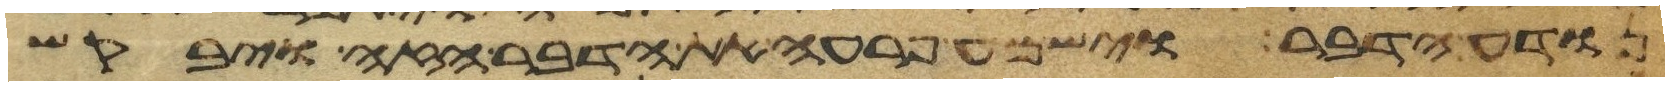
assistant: נודע הדבר וישמע פרעה את הדבר הזה ויבקש